Senior Leaving Certificate Examination (including Day School Certificate (Higher) General paper), 1949
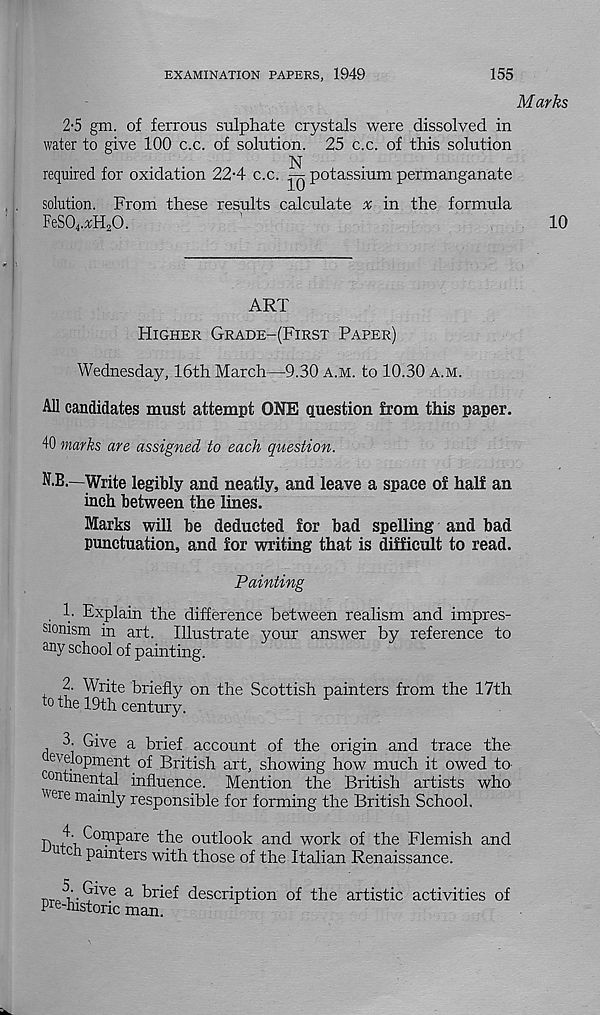
EXAMINATION PAPERS, 1949
155
2-5 gm. of ferrous sulphate crystals were dissolved in
water to give 100 c.c. of solution. 25 c.c. of this solution
N
required for oxidation 224 c.c.
potassium permanganate
solution. From these results calculate a; in the formula
FeS0 4 .xH 2 0.
ART
Higher Grade-(First Paper)
Wednesday, 16th March—9.30 a.m. to 10.30 a.m.
All candidates must attempt ONE question from this paper.
40 marks are assigned to each question.
N.B.—Write legibly and neatly, and leave a space of half an
inch between the lines.
Marks will be deducted for bad spelling and bad
punctuation, and for writing that is difficult to read.
Painting
, !• Explain the difference between realism and impres-
sionism in art. Illustrate your answer by reference to
any school of painting.
2. Write briefly on the Scottish painters from the 17th
to the 19th century.
3. Give a brief account of the origin and trace the
evelopment of British art, showing how much it owed to
continental influence. Mention the British artists who
vere m ainly responsible for forming the British School.
bi+\ < " 0: F 1 I )are the outlook and work of the Flemish and
c h painters with those of the Italian Renaissance.
_ 5 t. Give a brief description of the artistic activities of
Pre-historic man.
Marks
10